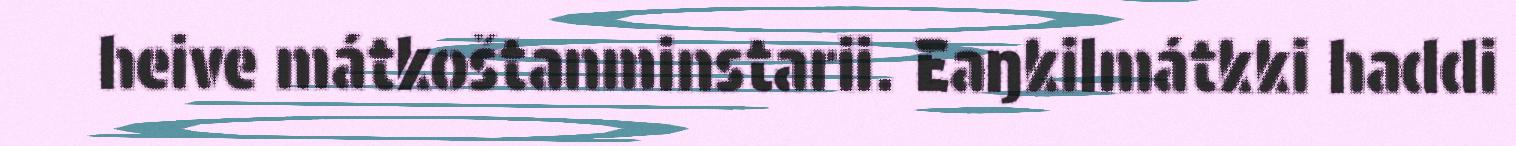
heive mátkoštanminstarii. Eaŋkilmátkki haddi